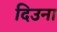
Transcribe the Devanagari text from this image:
दिउना